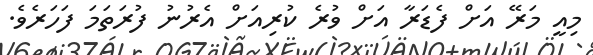
މިއީ މަރޭ އަށް ފެޑަރާ އަށް ވުރެ ކުރިއަށް އެރުނު ފުރަތަމަ ފަހަރެވެ.